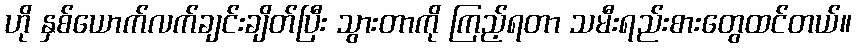
ဟို နှစ်ယောက်လက်ချင်းချိတ်ပြီး သွားတာကို ကြည့်ရတာ သမီးရည်းစားတွေထင်တယ်။